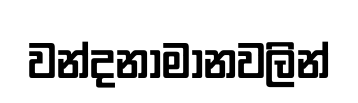
වන්දනාමානවලින්